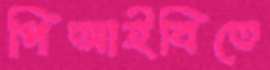
পিআইবিতে